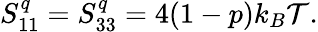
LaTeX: S_{11}^{q}=S_{33}^{q}=4(1-p)k_{B}\mathcal{T}.